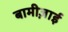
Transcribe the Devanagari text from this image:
बामीज़ाई